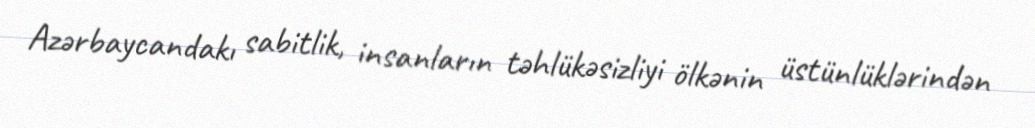
Azərbaycandakı sabitlik, insanların təhlükəsizliyi ölkənin üstünlüklərindən